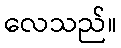
လေသည်။